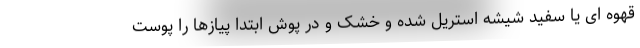
قهوه ای یا سفید شیشه استریل شده و خشک و در پوش ابتدا پیازها را پوست